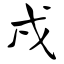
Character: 戌